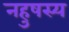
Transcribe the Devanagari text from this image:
नहुषस्य